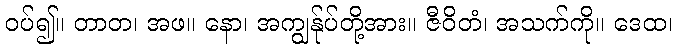
ဝပ်၍။ တာတ၊ အဖ။ နော၊ အကျွန်ုပ်တို့အား။ ဇီဝိတံ၊ အသက်ကို။ ဒေထ၊